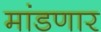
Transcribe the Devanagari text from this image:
मांडणार